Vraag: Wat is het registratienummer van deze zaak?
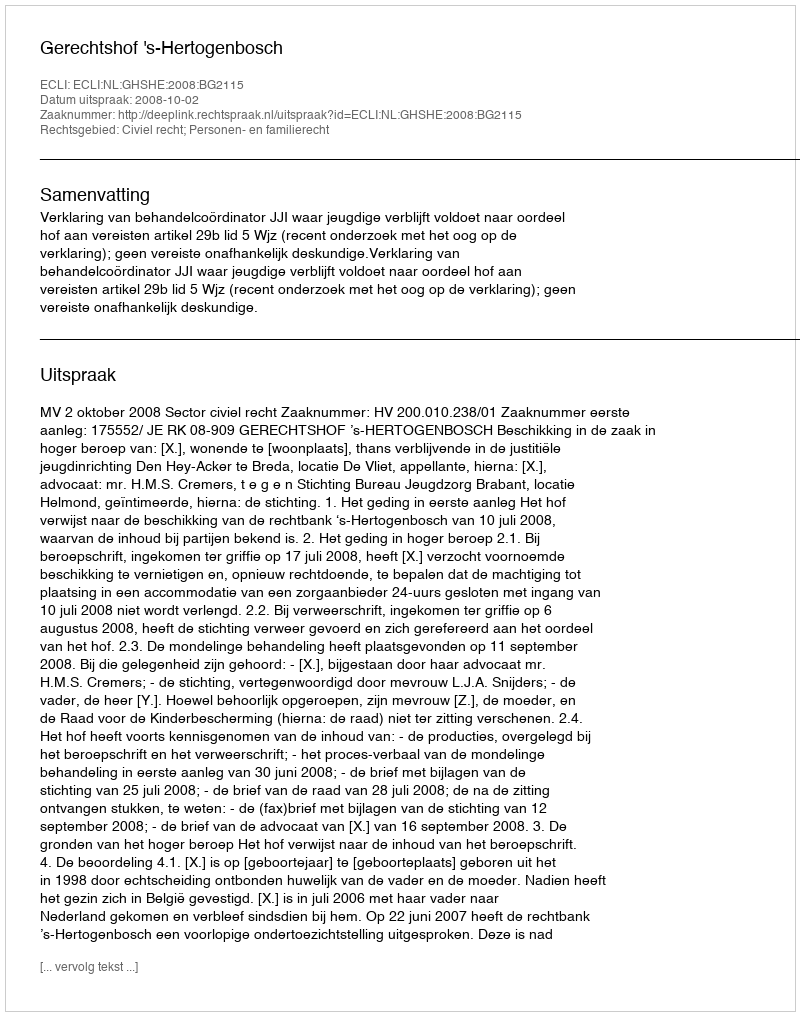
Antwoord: http://deeplink.rechtspraak.nl/uitspraak?id=ECLI:NL:GHSHE:2008:BG2115